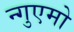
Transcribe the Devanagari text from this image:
न्गुएमो